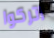
اتركوا